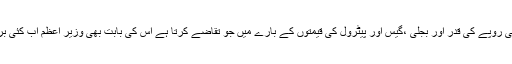
IMFکوئی بیل آئوٹ پیکیج دینے سے پہلے پاکستانی روپے کی قدر اور بجلی ،گیس اور پیٹرول کی قیمتوں کے بارے میں جو تقاضے کرتا ہے اس کی بابت بھی وزیر اعظم اب کئی بریفنگوں کے بعد بہت باخبر ہوچکے ہیں۔